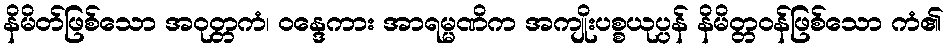
နိမိတ်ဖြစ်သော အဝုတ္တကံ၊ ဝန္ဒေကား အာရမ္မဏိက အကျိုးပစ္စယုပ္ပန် နိမိတ္တဝန်ဖြစ်သော ကံ၏